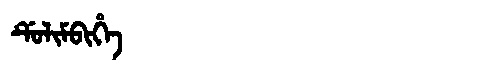
Manchu: ᡩᡠᠯᡳᠮᠪᡳᡥᡝ
Romanization: DULIMBIHE